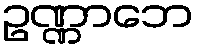
ဥဏ္ဏာဘေ